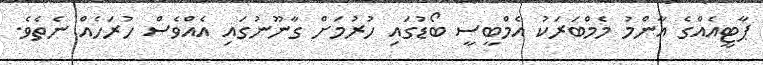
ޕާޓީއެއްގެ އާންމު މެމްބަރަކު އެމްބީސީ ބޯޑުގައި ހުރުމަށް ގާނޫނުގައި އެއްވެސް ހުރަހެއް ނެތެވެ.